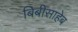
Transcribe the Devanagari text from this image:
बिबीसाहेब